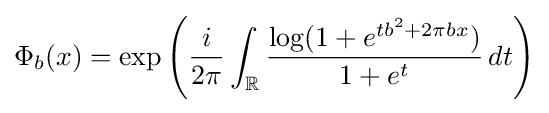
\Phi _{b}(x)=\exp \left({\frac {i}{2\pi }}\int _{\mathbb {R} }{\frac {\log(1+e^{tb^{2}+2\pi bx})}{1+e^{t}}}\,dt\right)